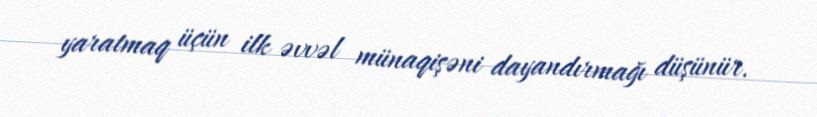
yaratmaq üçün ilk əvvəl münaqişəni dayandırmağı düşünür.